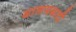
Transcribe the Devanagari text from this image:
बालमबादी